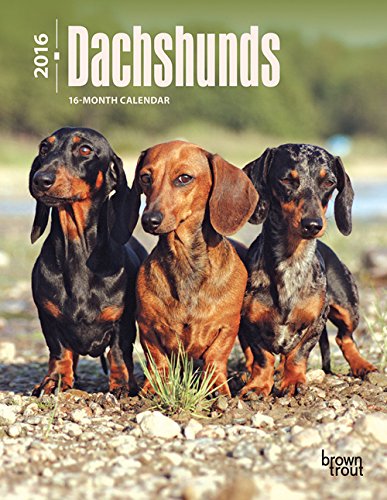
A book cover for Dachshunds 2016 Engagement; Browntrout Publishers; Calendars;